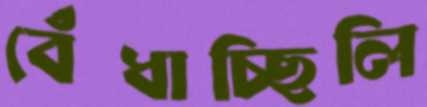
বেঁধাচ্ছিলি